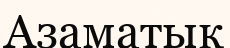
Азаматық